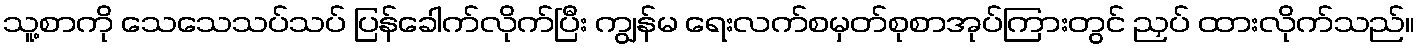
သူ့စာကို သေသေသပ်သပ် ပြန်ခေါက်လိုက်ပြီး ကျွန်မ ရေးလက်စမှတ်စုစာအုပ်ကြားတွင် ညှပ် ထားလိုက်သည်။